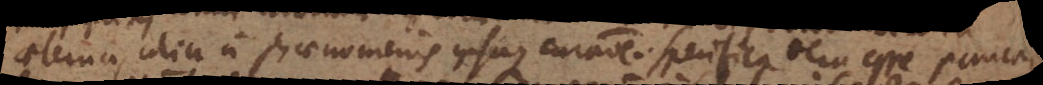
aeterna, alia a phaenomenis ipsaque curatione. Specifica vero esse pauca,